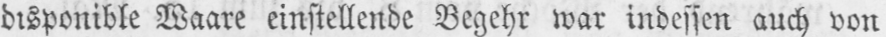
disponible Waare einstellende Begehr war indessen auch von